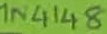
Text: 1N4148